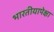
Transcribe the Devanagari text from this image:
भारतीयापेक्षा